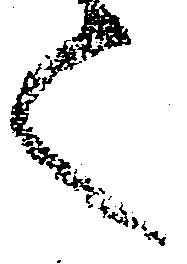
之